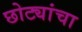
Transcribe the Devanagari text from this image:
छोट्यांचा